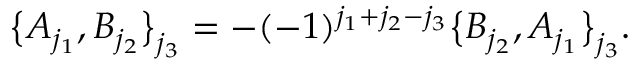
\big \{ A _ { j _ { 1 } } , B _ { j _ { 2 } } \big \} _ { j _ { 3 } } = - ( - 1 ) ^ { j _ { 1 } + j _ { 2 } - j _ { 3 } } \big \{ B _ { j _ { 2 } } , A _ { j _ { 1 } } \big \} _ { j _ { 3 } } .